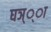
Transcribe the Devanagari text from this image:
घञ््‌ा